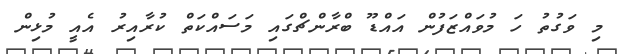
މި ވަގުތު ހަ މުވައްޒަފުން އައްޑޫ ބްރާންޗްގައި މަސައްކަތް ކުރާއިރު އެއީ މުޅިން